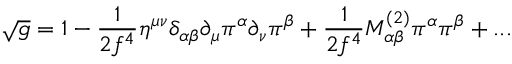
\sqrt { g } = 1 - \frac { 1 } { 2 f ^ { 4 } } \eta ^ { \mu \nu } \delta _ { \alpha \beta } \partial _ { \mu } \pi ^ { \alpha } \partial _ { \nu } \pi ^ { \beta } + \frac { 1 } { 2 f ^ { 4 } } M _ { \alpha \beta } ^ { ( 2 ) } \pi ^ { \alpha } \pi ^ { \beta } + . . .